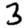
Digit: 3